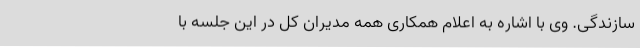
سازندگی. وی با اشاره به اعلام همکاری همه مدیران کل در این جلسه با